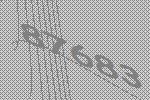
87683